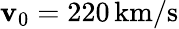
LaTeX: \mathbf{v}_{0}=220\, \mathrm{{km}}/\mathrm{{s}}